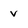
Character: v